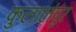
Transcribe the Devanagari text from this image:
कुलालंपुर